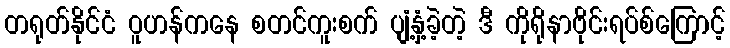
တရုတ်နိုင်ငံ ဝူဟန်ကနေ စတင်ကူးစက် ပျံ့နှံ့ခဲ့တဲ့ ဒီ ကိုရိုနာဗိုင်းရပ်စ်ကြောင့်